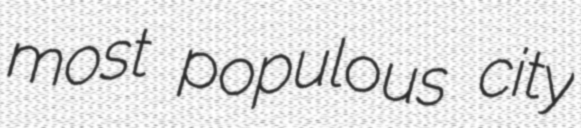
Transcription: most populous city